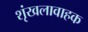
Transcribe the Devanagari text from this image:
शृंखलावाहक